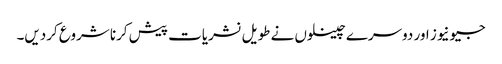
جیونیوز اور دوسرے چینلوں نے طویل نشریات پیش کرنا شروع کردیں۔